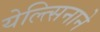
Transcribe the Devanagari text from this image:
येल्त्सिनाने